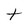
Character: t